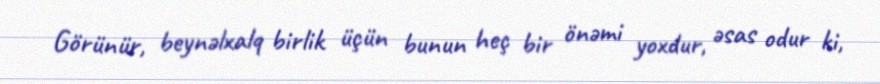
Görünür, beynəlxalq birlik üçün bunun heç bir önəmi yoxdur, əsas odur ki,